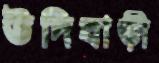
উদিবাড়ী